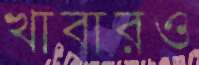
খাবারও